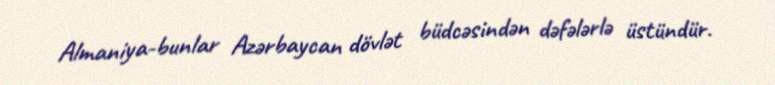
Almaniya-bunlar Azərbaycan dövlət büdcəsindən dəfələrlə üstündür.